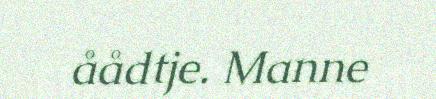
åådtje. Manne